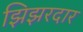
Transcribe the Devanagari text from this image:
झिझरदार